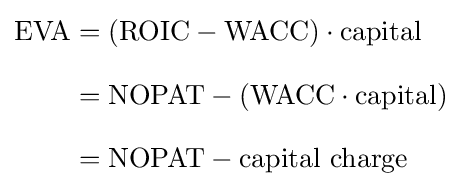
{\begin{aligned}{\text{EVA}}&=({\text{ROIC}}-{\text{WACC}})\cdot {\text{capital}}\\[8pt]&={\text{NOPAT}}-({\text{WACC}}\cdot {\text{capital}})\\[8pt]&={\text{NOPAT}}-{\text{capital charge}}\end{aligned}}